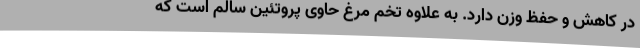
در کاهش و حفظ وزن دارد. به علاوه تخم مرغ حاوی پروتئین سالم است که